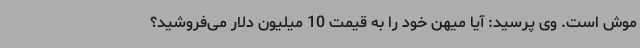
موش است. وی پرسید: آیا میهن خود را به قیمت 10 میلیون دلار می‌فروشید؟